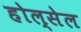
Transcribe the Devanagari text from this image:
होल्सेल